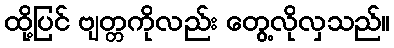
ထို့ပြင် ဗျတ္တကိုလည်း တွေ့လိုလှသည်။